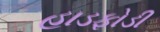
હાડફોડી